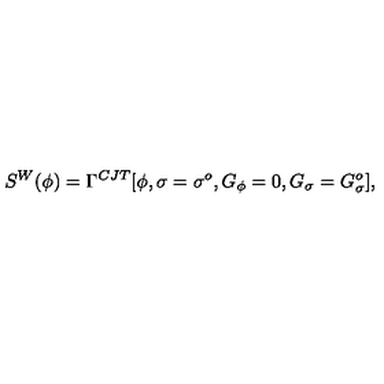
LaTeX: S ^ { W } ( \phi ) = \Gamma ^ { C J T } [ \phi , \sigma = \sigma ^ { o } , G _ { \phi } = 0 , G _ { \sigma } = G _ { \sigma } ^ { o } ] ,